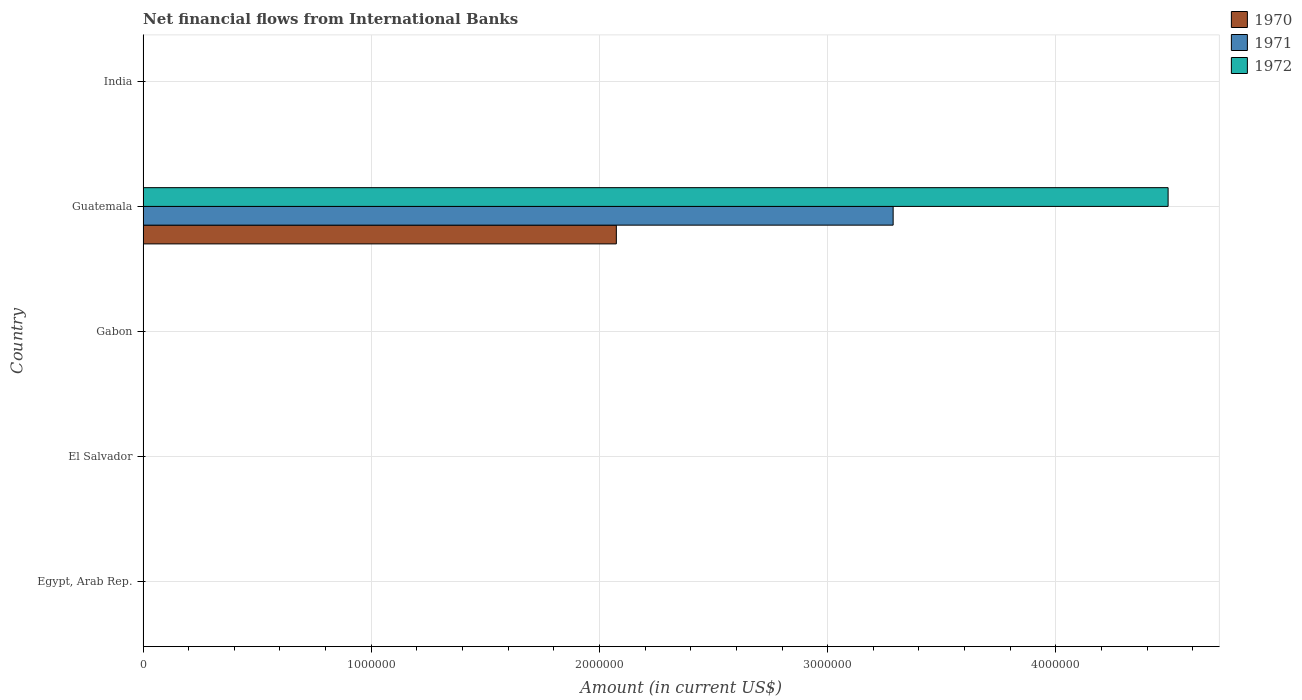
| Country | 1970 | 1971 | 1972 |
 | --- | --- | --- | --- |
 | Egypt, Arab Rep. | -5.5e+06 | -5.5e+06 | -5.5e+06 |
 | El Salvador | -9.92e+05 | -1.09e+06 | -1.48e+06 |
 | Gabon | -9.65e+05 | -1.68e+06 | -3.54e+06 |
 | Guatemala | 2.07e+06 | 3.29e+06 | 4.49e+06 |
 | India | -1.02e+07 | -1.64e+07 | -1.96e+06 |